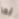
أيها